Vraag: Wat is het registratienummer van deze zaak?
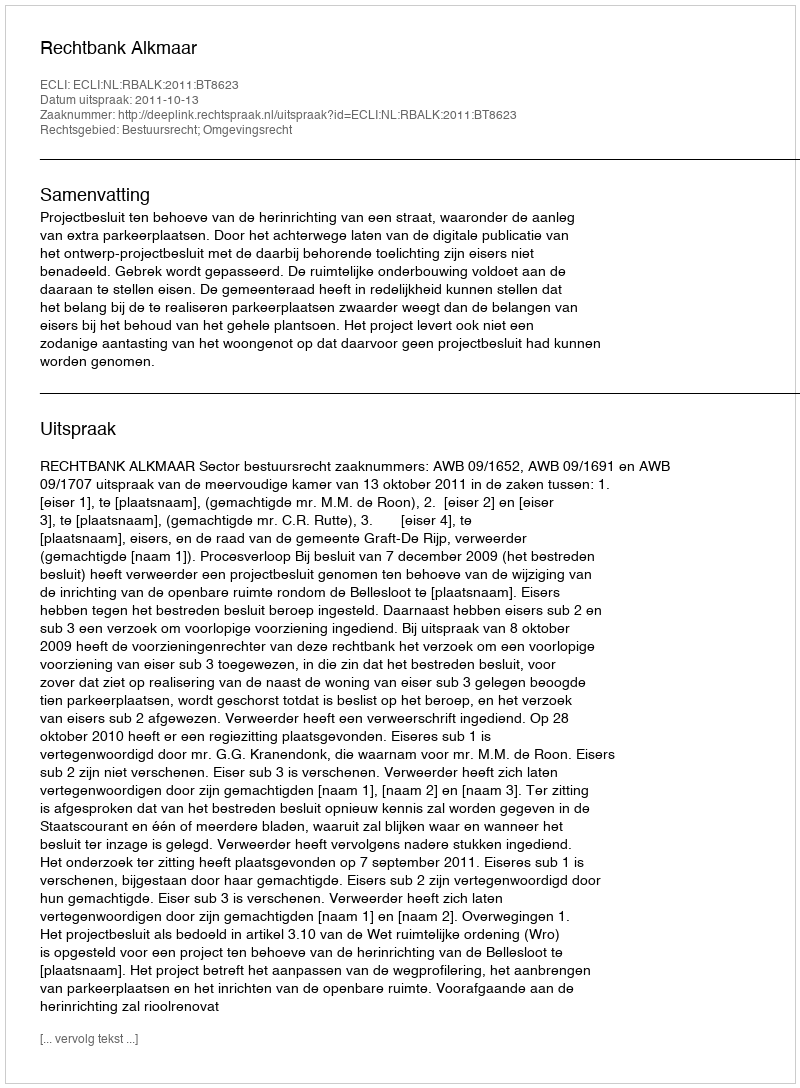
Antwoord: http://deeplink.rechtspraak.nl/uitspraak?id=ECLI:NL:RBALK:2011:BT8623